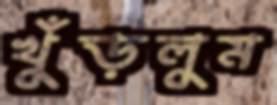
খুঁড়লুম